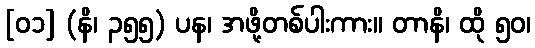
[၀၁] (နိ၊ ၃၅၅) ပန၊ အဖို့တစ်ပါးကား။ တာနိ၊ ထို ၅၀၊